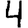
Digit: 4